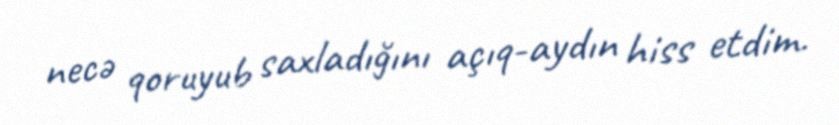
necə qoruyub saxladığını açıq-aydın hiss etdim.